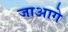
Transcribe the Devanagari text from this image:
जाआगे